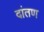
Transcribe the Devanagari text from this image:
दांतण